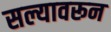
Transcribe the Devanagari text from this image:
सल्यावरून